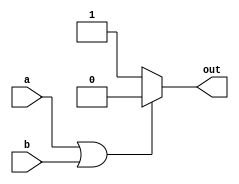
module top_module(
    input a,
    input b,
    output out
);
    always @(*)
        if (a == 1'b1 || b == 1'b1)
            out <= 1'b0;
        else
            out <= 1'b1;
endmodule